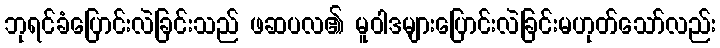
ဘုရင်ခံပြောင်းလဲခြင်းသည် ဖဆပလ၏ မူဝါဒများပြောင်းလဲခြင်းမဟုတ်သော်လည်း